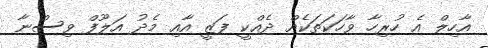
އާހިލް އެ ހުރިހާ ވާހަކަތަކެއް ދެއްކީ ފަޒީ އާއި މެދު އަލޫފް ވިސްނާ